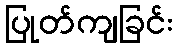
ပြုတ်ကျခြင်း